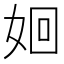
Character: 𮱃